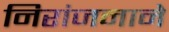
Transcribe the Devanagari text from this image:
निरांजनाने